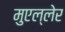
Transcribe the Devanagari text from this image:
मुएल्लेर